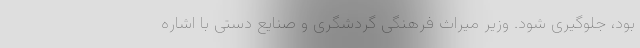
بود، جلوگیری شود. وزیر میراث فرهنگی گردشگری و صنایع دستی با اشاره